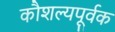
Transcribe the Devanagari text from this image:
कौशल्यपूर्वक